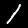
Digit: 1